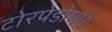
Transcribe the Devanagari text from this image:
टोरपेडोमधे